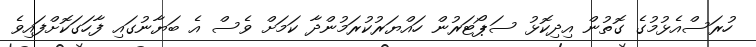
ހުރަސްއެޅުމުގެ ގޮތުން އިދިކޮޅު ސަޕޯޓަރުން ހައްޔަރުކުރަމުންދާ ކަމަށް ވެސް އެ ބަޔާނުގައި ފާހަގަކޮށްފައިވެ